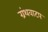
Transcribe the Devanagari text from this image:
ग्रंथवाटप